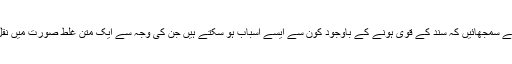
آپ تفصیل سے سمجھائیں کہ سند کے قوی ہونے کے باوجود کون سے ایسے اسباب ہو سکتے ہیں جن کی وجہ سے ایک متن غلط صورت میں نقل ہوجاتا ہے؟